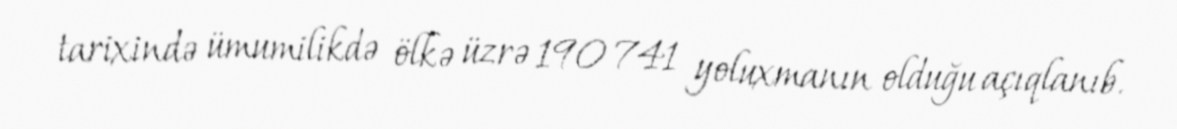
tarixində ümumilikdə ölkə üzrə 190 741 yoluxmanın olduğu açıqlanıb.